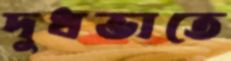
দুধভাতে